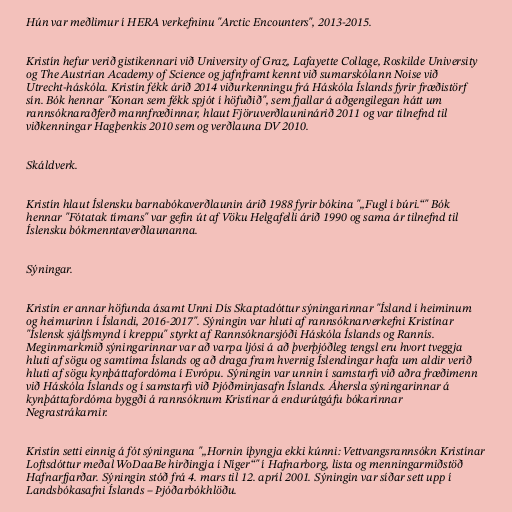
Hún var meðlimur í HERA verkefninu "Arctic Encounters", 2013-2015.

Kristín hefur verið gistikennari við University of Graz, Lafayette Collage, Roskilde University
og The Austrian Academy of Science og jafnframt kennt við sumarskólann Noise við
Utrecht-háskóla. Kristín fékk árið 2014 viðurkenningu frá Háskóla Íslands fyrir fræðistörf
sín. Bók hennar "Konan sem fékk spjót í höfuðið", sem fjallar á aðgengilegan hátt um
rannsóknaraðferð mannfræðinnar, hlaut Fjöruverðlauninárið 2011 og var tilnefnd til
viðkenningar Hagþenkis 2010 sem og verðlauna DV 2010.

Skáldverk.

Kristín hlaut Íslensku barnabókaverðlaunin árið 1988 fyrir bókina "„Fugl í búri.“" Bók
hennar "Fótatak tímans" var gefin út af Vöku Helgafelli árið 1990 og sama ár tilnefnd til
Íslensku bókmenntaverðlaunanna.

Sýningar.

Kristín er annar höfunda ásamt Unni Dís Skaptadóttur sýningarinnar "Ísland í heiminum
og heimurinn í Íslandi, 2016-2017". Sýningin var hluti af rannsóknarverkefni Kristínar
"Íslensk sjálfsmynd í kreppu" styrkt af Rannsóknarsjóði Háskóla Íslands og Rannís.
Meginmarkmið sýningarinnar var að varpa ljósi á að þverþjóðleg tengsl eru hvort tveggja
hluti af sögu og samtíma Íslands og að draga fram hvernig Íslendingar hafa um aldir verið
hluti af sögu kynþáttafordóma í Evrópu. Sýningin var unnin í samstarfi við aðra fræðimenn
við Háskóla Íslands og í samstarfi við Þjóðminjasafn Íslands. Áhersla sýningarinnar á
kynþáttafordóma byggði á rannsóknum Kristínar á endurútgáfu bókarinnar
Negrastrákarnir.

Kristín setti einnig á fót sýninguna "„Hornin íþyngja ekki kúnni: Vettvangsrannsókn Kristínar
Loftsdóttur meðal WoDaaBe hirðingja í Níger“" í Hafnarborg, lista og menningarmiðstöð
Hafnarfjarðar. Sýningin stóð frá 4. mars til 12. apríl 2001. Sýningin var síðar sett upp í
Landsbókasafni Íslands – Þjóðarbókhlöðu.